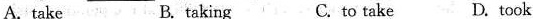
A.take B. taking C. to take D. took